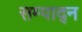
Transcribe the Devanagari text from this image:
सम्पाद्न